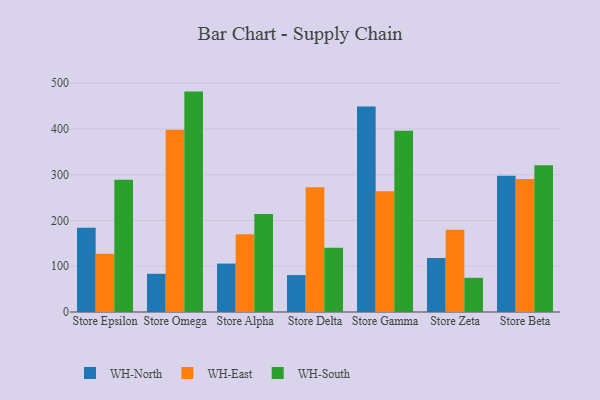
{"axis": {"x": "Store", "y": "Population (Million)"}, "legend": ["WH-East", "WH-North", "WH-South"], "data": [{"x": "Store Epsilon", "y": 184.0, "type": "WH-North"}, {"x": "Store Epsilon", "y": 127.5, "type": "WH-East"}, {"x": "Store Epsilon", "y": 289.1, "type": "WH-South"}, {"x": "Store Omega", "y": 83.5, "type": "WH-North"}, {"x": "Store Omega", "y": 398.5, "type": "WH-East"}, {"x": "Store Omega", "y": 481.6, "type": "WH-South"}, {"x": "Store Alpha", "y": 105.8, "type": "WH-North"}, {"x": "Store Alpha", "y": 169.8, "type": "WH-East"}, {"x": "Store Alpha", "y": 214.1, "type": "WH-South"}, {"x": "Store Delta", "y": 80.7, "type": "WH-North"}, {"x": "Store Delta", "y": 272.4, "type": "WH-East"}, {"x": "Store Delta", "y": 140.2, "type": "WH-South"}, {"x": "Store Gamma", "y": 448.8, "type": "WH-North"}, {"x": "Store Gamma", "y": 263.7, "type": "WH-East"}, {"x": "Store Gamma", "y": 396.1, "type": "WH-South"}, {"x": "Store Zeta", "y": 118.2, "type": "WH-North"}, {"x": "Store Zeta", "y": 179.5, "type": "WH-East"}, {"x": "Store Zeta", "y": 74.7, "type": "WH-South"}, {"x": "Store Beta", "y": 297.6, "type": "WH-North"}, {"x": "Store Beta", "y": 290.8, "type": "WH-East"}, {"x": "Store Beta", "y": 320.9, "type": "WH-South"}]}